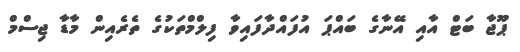
ޕޫޖާ ބަޓް އާއި އޭނާގެ ބައްޕަ އުފައްދާފައިވާ ފިލްމްތަކުގެ ތެރެއިން މާޑާ ޖިސްމް